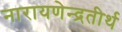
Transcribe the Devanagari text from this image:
नारायणेन्द्रतीर्थ